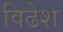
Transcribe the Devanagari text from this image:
विढेश